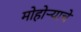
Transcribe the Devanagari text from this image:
मोहोर्‍याचे